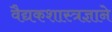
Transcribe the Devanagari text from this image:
वैद्यकशास्त्रज्ञाने